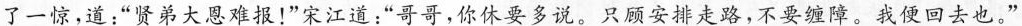
了一惊，道：”贤弟大恩难报！”宋江道：”哥哥，你休要多说。只顾安排走路，不要缠障。我便回去也。”